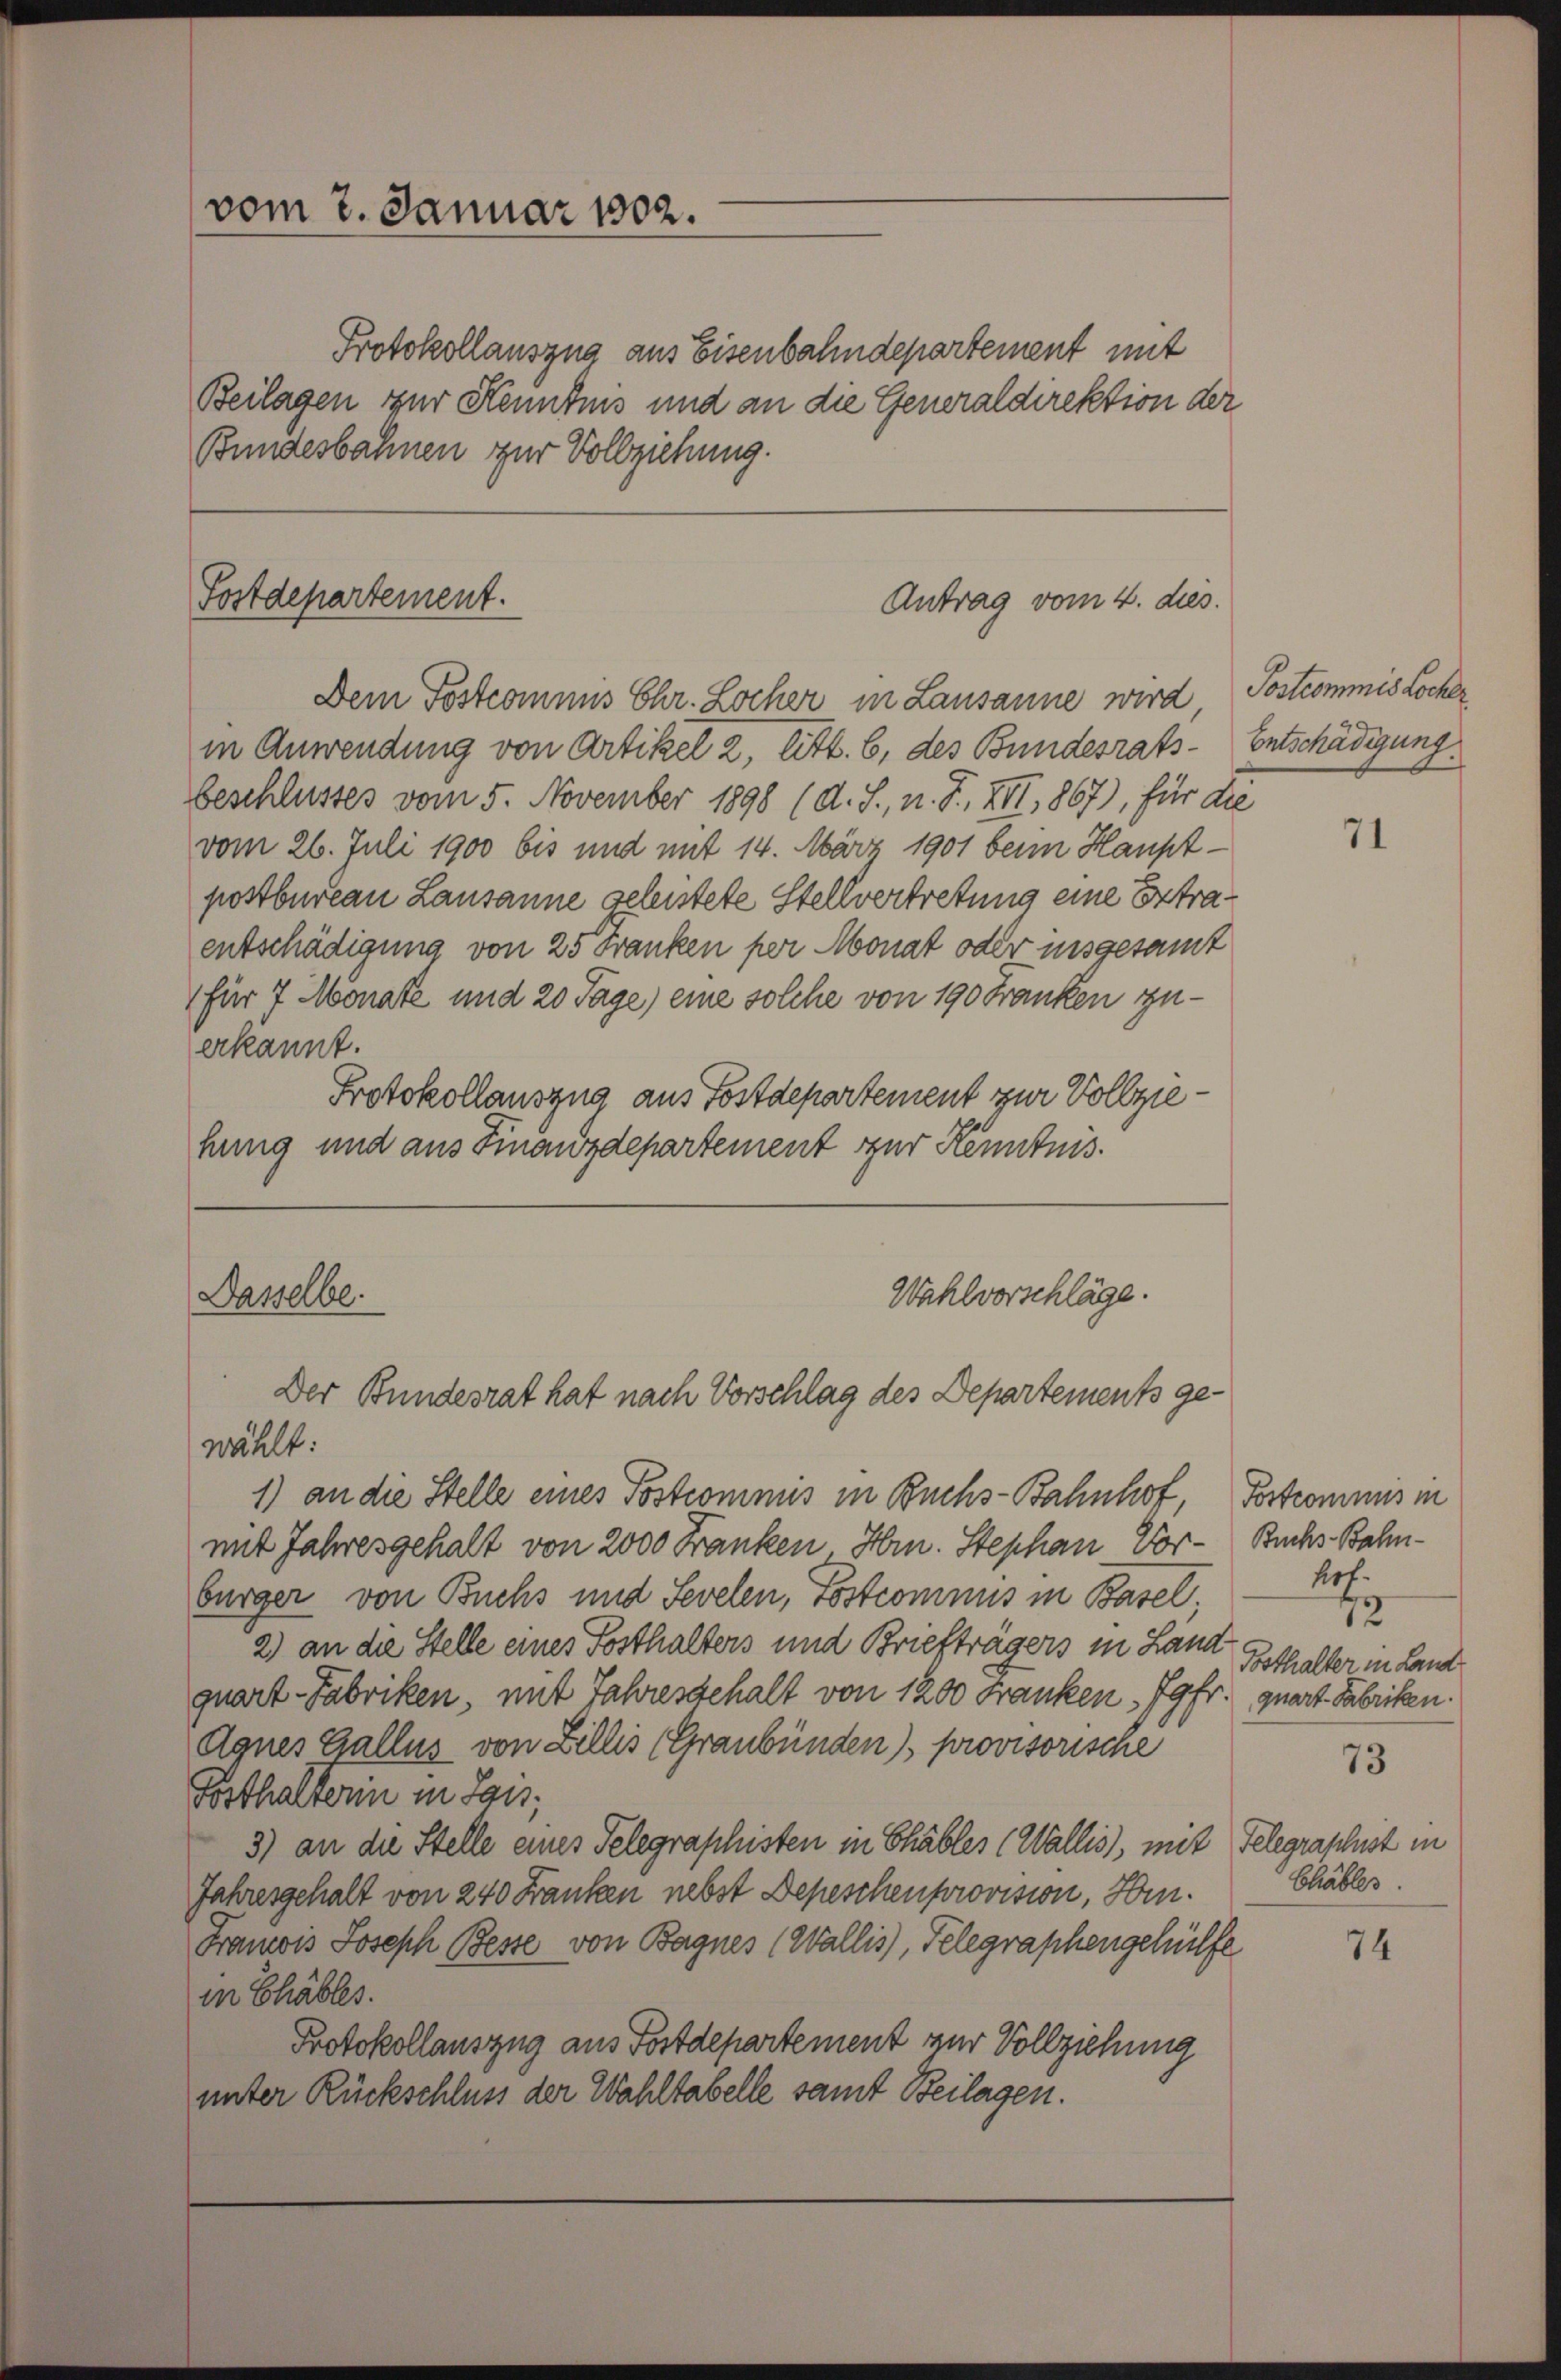
vom 7. Januar 1902.

Protokollauszug aus Eisenbahndepartement mit
Beilagen zur Kenntnis und an die Generaldirektion der
Bundesbahnen zur Vollziehung.

Fostdepartement.

Dem Postcommis Chr. Locher in Lausanne wird
in Anwendung von Artikel 2, litt. b, des Bundesrats-Entschädigung
beschlusses vom 5. November 1898 (d. S., n. F. XII, 1867), für die
vom 26. Juli 1900 bis und mit 14. März 1901 beim Hauptpostbureau Lausanne geleistete Stellvertretung eine Extraentschädigung von 25 Franken per Monat oder insgesamt
für 7 Monate und 20 Tage) eine solche von 190 Franken zuerkannt.
Protokollauszug aus Postdepartement zur Vollziehung und aus Finanzdepartement zur Kenntnis.

Antrag vom 4. dies.

wählt:
1) an die Stelle eines Postcommis in Buchs-Bahnhof, Postcommis in
mit Jahresgehalt von 2000 Franken Hrn. Stephan Vor- Buchs Bahnbürger von Buchs und Sevelen, Postcomnus in Basel,
2) an die Stelle eines Posthalters und Briefträgers in Land Posthalter in Land
quart-Fabriken, mit Jahresgehalt von 1200 Franken, Jgfr. quart Fabriken.
Agnes Gallus von Billis (Graubünden) provisorische
Fosthalterin in Lan
3) an die Stelle eines Telegraphisten in Chabler (Wallis, mit Telegraphist in
Jahresgehalt von 240 Franken nebst Depeschenprovision, Hrn.
Francis Joseph Besse von Bagnes (Wallis), Telegraphengehülfe
in Chables.
Protokollauszug aus Postdepartement zur Vollziehung
unter Rückschluss der Wahltabelle samt Beilagen.

Wahlvorschläge.
Dasselbe.
Der Bundesrat hat nach Vorschlag des Departements ge¬

Postcommis Locher

71

hof.
72

73

Chables.

74